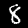
Label: 8